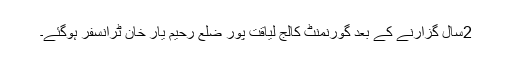
2سال گزارنے کے بعد گورنمنٹ کالج لیاقت پور ضلع رحیم یار خان ٹرانسفر ہوگئے۔